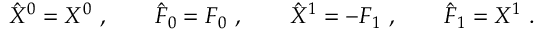
\hat { X } ^ { 0 } = X ^ { 0 } \ , \qquad \hat { F } _ { 0 } = F _ { 0 } \ , \qquad \hat { X } ^ { 1 } = - F _ { 1 } \ , \qquad \hat { F } _ { 1 } = X ^ { 1 } \ .